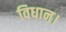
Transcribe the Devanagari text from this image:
विधान।